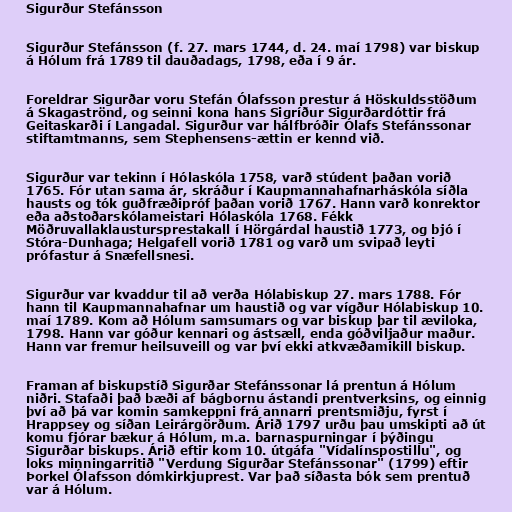
Sigurður Stefánsson

Sigurður Stefánsson (f. 27. mars 1744, d. 24. maí 1798) var biskup
á Hólum frá 1789 til dauðadags, 1798, eða í 9 ár.

Foreldrar Sigurðar voru Stefán Ólafsson prestur á Höskuldsstöðum
á Skagaströnd, og seinni kona hans Sigríður Sigurðardóttir frá
Geitaskarði í Langadal. Sigurður var hálfbróðir Ólafs Stefánssonar
stiftamtmanns, sem Stephensens-ættin er kennd við.

Sigurður var tekinn í Hólaskóla 1758, varð stúdent þaðan vorið
1765. Fór utan sama ár, skráður í Kaupmannahafnarháskóla síðla
hausts og tók guðfræðipróf þaðan vorið 1767. Hann varð konrektor
eða aðstoðarskólameistari Hólaskóla 1768. Fékk
Möðruvallaklaustursprestakall í Hörgárdal haustið 1773, og bjó í
Stóra-Dunhaga; Helgafell vorið 1781 og varð um svipað leyti
prófastur á Snæfellsnesi.

Sigurður var kvaddur til að verða Hólabiskup 27. mars 1788. Fór
hann til Kaupmannahafnar um haustið og var vígður Hólabiskup 10.
maí 1789. Kom að Hólum samsumars og var biskup þar til æviloka,
1798. Hann var góður kennari og ástsæll, enda góðviljaður maður.
Hann var fremur heilsuveill og var því ekki atkvæðamikill biskup.

Framan af biskupstíð Sigurðar Stefánssonar lá prentun á Hólum
niðri. Stafaði það bæði af bágbornu ástandi prentverksins, og einnig
því að þá var komin samkeppni frá annarri prentsmiðju, fyrst í
Hrappsey og síðan Leirárgörðum. Árið 1797 urðu þau umskipti að út
komu fjórar bækur á Hólum, m.a. barnaspurningar í þýðingu
Sigurðar biskups. Árið eftir kom 10. útgáfa "Vídalínspostillu", og
loks minningarritið "Verdung Sigurðar Stefánssonar" (1799) eftir
Þorkel Ólafsson dómkirkjuprest. Var það síðasta bók sem prentuð
var á Hólum.